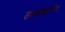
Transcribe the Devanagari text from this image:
तत्क्षणादेव